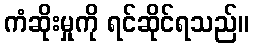
ကံဆိုးမှုကို ရင်ဆိုင်ရသည်။